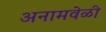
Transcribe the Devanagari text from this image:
अनामवेळी